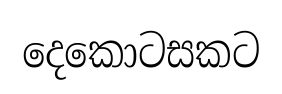
දෙකොටසකට